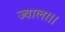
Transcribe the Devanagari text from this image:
ज्वाला।।